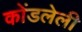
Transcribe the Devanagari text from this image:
कोंडलेली